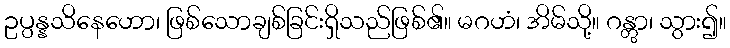
ဥပ္ပန္နသိနေဟော၊ ဖြစ်သောချစ်ခြင်းရှိသည်ဖြစ်၏။ မဂဟံ၊ အိမ်သို့။ ဂန္တွာ၊ သွား၍။